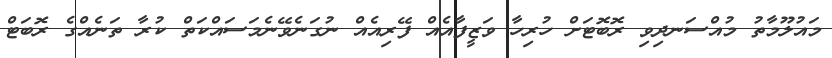
މައުލޫމާތު މުއްސަނދިވި ރޮބޮޓަށް ހުރިހާ ވަޒީފާއެއް ފޭރިއެއް ނުގަނެވޭނެމަސައްކަތް ކުރާ ތަނެއްގެ ރޮބަޓް